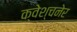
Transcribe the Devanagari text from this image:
क्वेश्चनेर